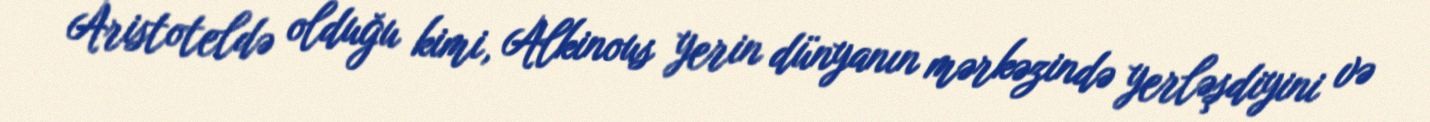
Aristoteldə olduğu kimi, Alkinous yerin dünyanın mərkəzində yerləşdiyini və